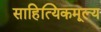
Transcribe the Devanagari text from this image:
साहित्यिकमूल्य